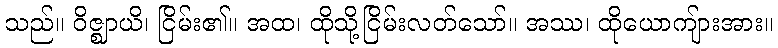
သည်။ ဝိဇ္ဈာယိ၊ ငြိမ်း၏။ အထ၊ ထိုသို့ငြိမ်းလတ်သော်။ အဿ၊ ထိုယောကျ်ားအား။